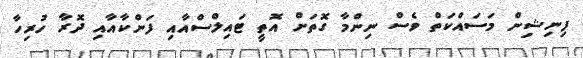
ފިނިޝިން މަސައްކަތް ވެސް ނިންމާ ގޮތަށް އޮތީ ޓައިލްސްއާއި ފަންކާއާއި ދޮރާ ހުރިހާ